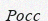
Росс